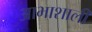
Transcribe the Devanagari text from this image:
आभाशाली